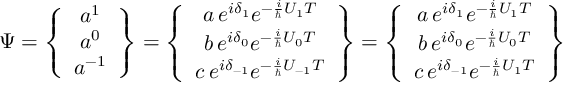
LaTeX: \Psi = \left\{ \begin{array} { c } { { a ^ { 1 } } } \\ { { a ^ { 0 } } } \\ { { a ^ { - 1 } } } \end{array} \right\} = \left\{ \begin{array} { c } { { a \, e ^ { i \delta _ { 1 } } e ^ { - \frac { i } { \hbar } U _ { 1 } T } } } \\ { { b \, e ^ { i \delta _ { 0 } } e ^ { - \frac { i } { \hbar } U _ { 0 } T } } } \\ { { c \, e ^ { i \delta _ { - 1 } } e ^ { - \frac { i } { \hbar } U _ { - 1 } T } } } \end{array} \right\} = \left\{ \begin{array} { c } { { a \, e ^ { i \delta _ { 1 } } e ^ { - \frac { i } { \hbar } U _ { 1 } T } } } \\ { { b \, e ^ { i \delta _ { 0 } } e ^ { - \frac { i } { \hbar } U _ { 0 } T } } } \\ { { c \, e ^ { i \delta _ { - 1 } } e ^ { - \frac { i } { \hbar } U _ { 1 } T } } } \end{array} \right\}